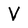
Character: V